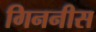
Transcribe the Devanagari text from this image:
गिननीस